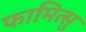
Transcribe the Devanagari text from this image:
फामित्सु